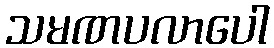
သမဏပလာပေါ